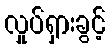
လှုပ်ရှားခွင့်